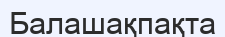
Балашақпақта